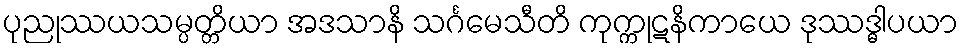
ပုညုဿယသမ္ပတ္တိယာ အဒသာနိ သင်္ဂမေသီတိ ကုက္ကုဋနိကာယေ ဒုဿဒ္ဓါပယာ